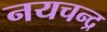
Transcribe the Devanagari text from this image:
नयचन्द्र